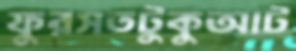
ফুরসতটুকুআট